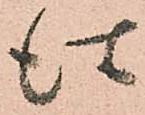
仕